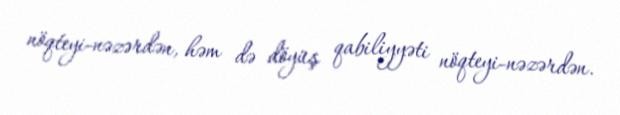
nöqteyi-nəzərdən, həm də döyüş qabiliyyəti nöqteyi-nəzərdən.